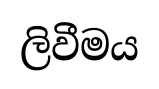
ලිවීමය